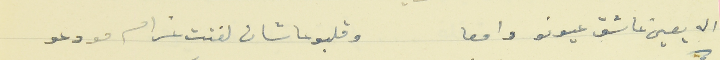
اله يعين عاشق عيونو دامعا                                    وقلبو عاشان لفتت غرام مودعو